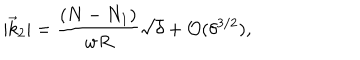
| \vec { k } _ { 2 } | = { \frac { ( N - N _ { 1 } ) } { w R } } \sqrt { \delta } + { \mathcal { O } } ( \delta ^ { 3 / 2 } ) ,